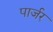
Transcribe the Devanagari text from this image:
पार्जर